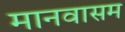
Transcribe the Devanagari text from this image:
मानवासम